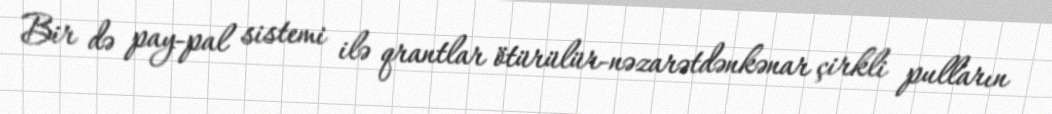
Bir də pay-pal sistemi ilə qrantlar ötürülür-nəzarətdənkənar çirkli pulların